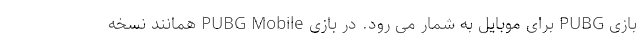
بازی PUBG برای موبایل به شمار می رود. در بازی PUBG Mobile همانند نسخه